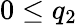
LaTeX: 0\leq q_{2}